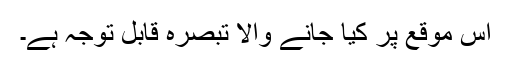
اس موقع پر کیا جانے والا تبصرہ قابل توجہ ہے۔